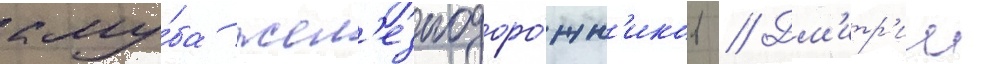
клу́ба жел'езнодоро́жн'иков // Дм'итр'ии